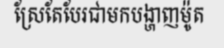
ស្រែតែបែរជាមកបង្ហាញម៉ូត